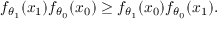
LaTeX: f _ { \theta _ { 1 } } ( x _ { 1 } ) f _ { \theta _ { 0 } } ( x _ { 0 } ) \geq f _ { \theta _ { 1 } } ( x _ { 0 } ) f _ { \theta _ { 0 } } ( x _ { 1 } ) .